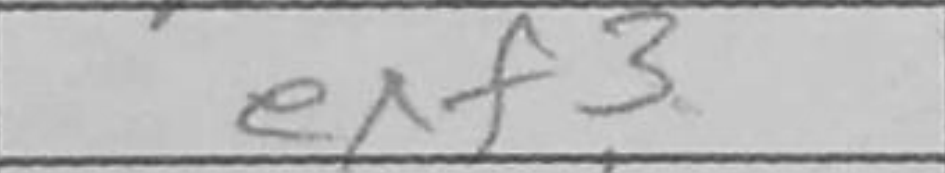
Transcription: exf3